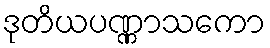
ဒုတိယပဏ္ဏာသကော